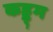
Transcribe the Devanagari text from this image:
कड्ड्म